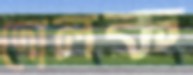
দোলক